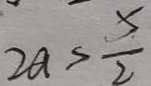
2 a > \frac { 5 } { 2 }